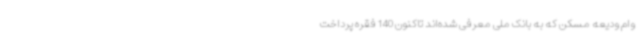
وام ودیعه مسکن که به بانک ملی معرفی شده‌اند تاکنون 140 فقره پرداخت